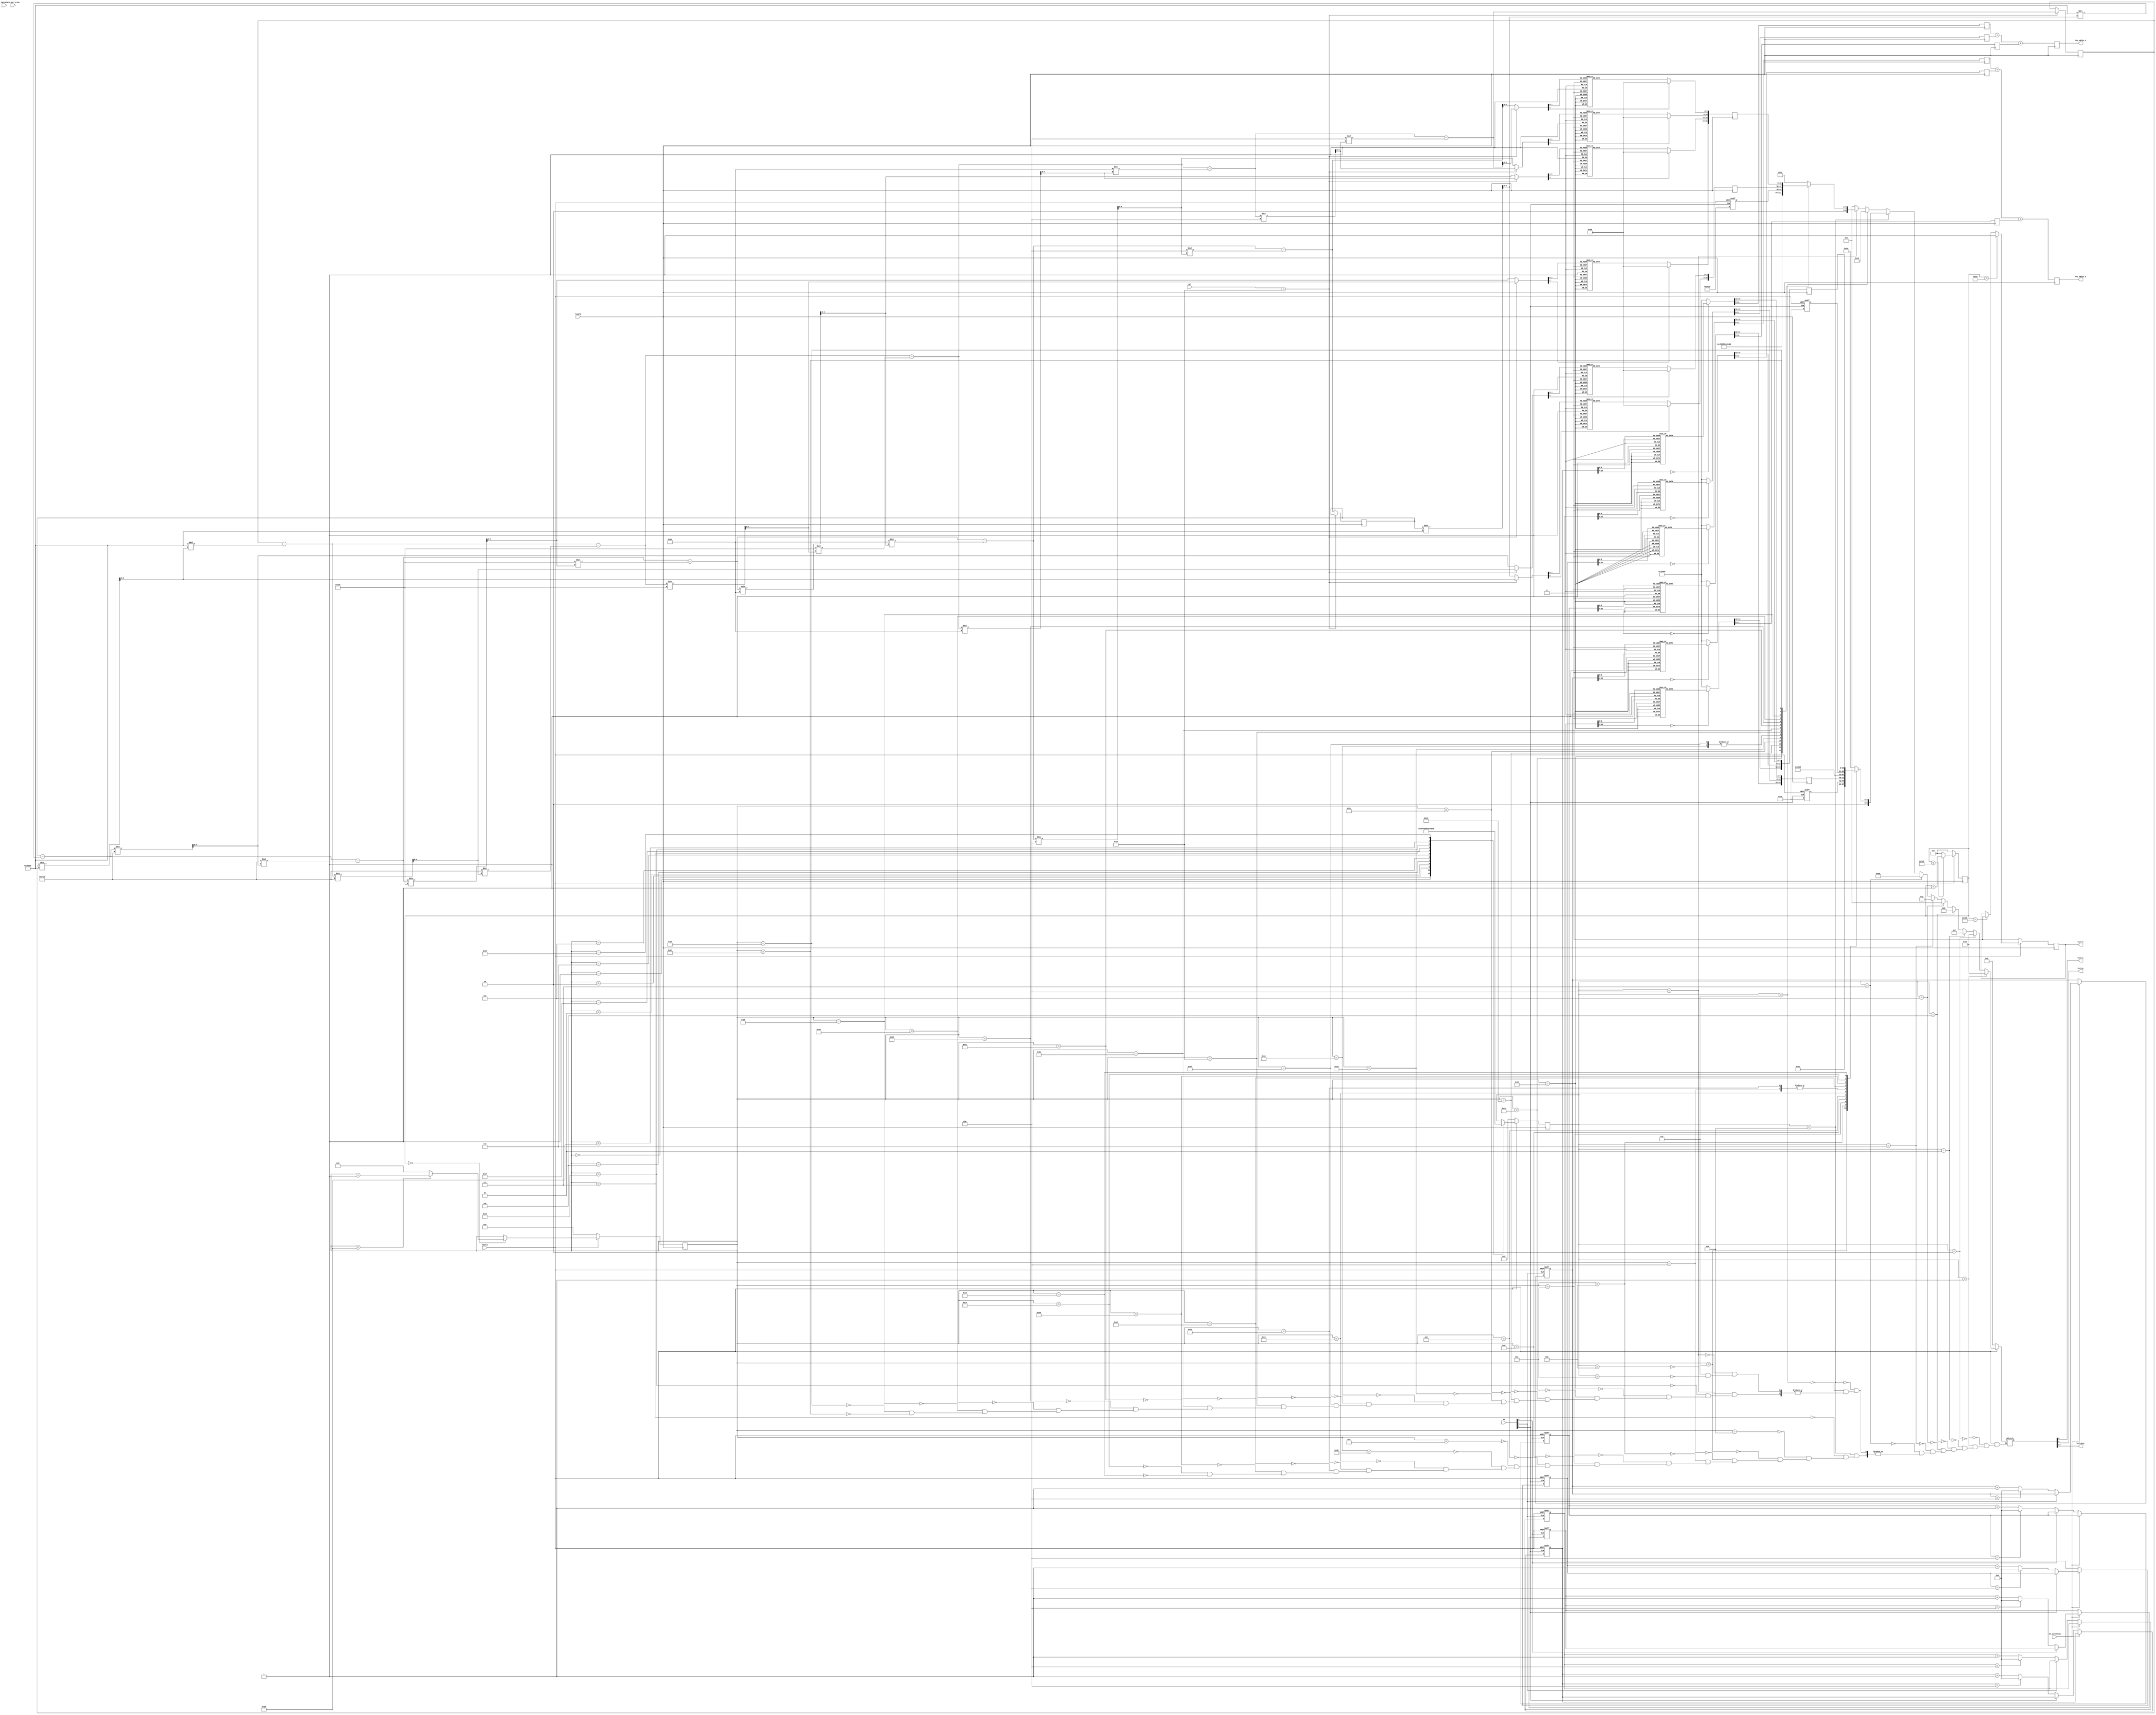

//////////////////////////////////////////////////////////////////////////////////
`timescale 1ns / 1ps
//////////////////////////////////////////////////////////////////////////////////
// Company: 
// Engineer: 
// 
// Design Name: 
// Module Name: textlcd
// Project Name: 
// Target Devices: 
// Tool Versions: 
// Description: 
// 
// Dependencies: 
// 
// Revision:
// Revision 0.01 - File Created
// Additional Comments:
// 
//////////////////////////////////////////////////////////////////////////////////

`define lcd_blank 8'b00100000
`define lcd_dash 8'b00101101
`define lcd_colon 8'b00111010
`define lcd_comma 8'b00101100
`define lcd_Dot 8'b00101110
`define lcd_0 8'b00110000
`define lcd_1 8'b00110001
`define lcd_2 8'b00110010
`define lcd_3 8'b00110011
`define lcd_4 8'b00110100
`define lcd_5 8'b00110101
`define lcd_6 8'b00110110
`define lcd_7 8'b00110111
`define lcd_8 8'b00111000
`define lcd_9 8'b00111001
`define lcd_a 8'b01000001
`define lcd_b 8'b01000010
`define lcd_c 8'b01000011
`define lcd_d 8'b01000100
`define lcd_e 8'b01000101
`define lcd_f 8'b01000110
`define lcd_g 8'b01000111
`define lcd_h 8'b01001000
`define lcd_i 8'b01001001
`define lcd_j 8'b01001010
`define lcd_k 8'b01001011
`define lcd_l 8'b01001100
`define lcd_m 8'b01001101
`define lcd_n 8'b01001110
`define lcd_o 8'b01001111
`define lcd_p 8'b01010000
`define lcd_q 8'b01010001
`define lcd_r 8'b01010010
`define lcd_s 8'b01010011
`define lcd_t 8'b01010100
`define lcd_u 8'b01010101
`define lcd_v 8'b01010110
`define lcd_w 8'b01010111
`define lcd_x 8'b01011000
`define lcd_y 8'b01011001
`define lcd_z 8'b01011010
`define lcd_under 8'b01011111
`define lcd_s_a 8'b01100001
`define lcd_s_b 8'b01100010
`define lcd_s_c 8'b01100011
`define lcd_s_d 8'b01100100
`define lcd_s_e 8'b01100101
`define lcd_s_f 8'b01100110
`define lcd_s_g 8'b01100111
`define lcd_s_h 8'b01101000
`define lcd_s_i 8'b01101001
`define lcd_s_j 8'b01101010
`define lcd_s_k 8'b01101011
`define lcd_s_l 8'b01101100
`define lcd_s_m 8'b01101101
`define lcd_s_n 8'b01101110
`define lcd_s_o 8'b01101111
`define lcd_s_p 8'b01110000
`define lcd_s_q 8'b01110001
`define lcd_s_r 8'b01110010
`define lcd_s_s 8'b01110011
`define lcd_s_t 8'b01110100
`define lcd_s_u 8'b01110101
`define lcd_s_v 8'b01110110
`define lcd_s_w 8'b01110111
`define lcd_s_x 8'b01111000
`define lcd_s_y 8'b01111001
`define lcd_s_z 8'b01111010
`define add_line_1 8'b10000000
`define add_line_2 8'b11000000
`define add_line_3 8'b10010100
`define add_line_4 8'b11010100
module textlcd(
	resetn,
	lcdclk,
	alu_out_value,
	PB,
	Sel,
	in_switching,
	CarryIn,
	lcd_rs,
	lcd_rw,
	lcd_en,
	lcd_data,
	key_value_a,
	key_value_b
	);

input  resetn;
input  lcdclk;
input [11:0] alu_out_value;
input  [2:0] PB;
input  [5:0] Sel;
input in_switching;
input CarryIn;

output lcd_rs;
output lcd_rw;
output lcd_en;
output [7:0] lcd_data;
output [11:0] key_value_a;
output [11:0] key_value_b;

wire [31:0] reg_a;
reg [31:0] reg_b;
wire [31:0] reg_c;
reg [31:0] reg_d;
wire [31:0] reg_e;
wire [31:0] reg_f;
reg [31:0] reg_g;
reg [31:0] reg_h;
reg [23:0] delay_lcdclk; //clock
reg [15:0] count_lcd;
reg lcd_en;	       // Text-LCD Device enable signal 
reg  [4:0] lcd_mode = 0;
wire [4:0] mode_pwron = 1 ;  // power on
wire [4:0] mode_fnset = 2 ;  // function set
wire [4:0] mode_onoff = 3 ;  // display on/off Control
wire [4:0] mode_entr1 = 4 ;  // 
wire [4:0] mode_entr2 = 5 ;  // 
wire [4:0] mode_entr3 = 6 ;  // 
wire [4:0] mode_seta1 = 7 ;  // set addr 1st line
wire [4:0] mode_wr1st = 8 ;  // Write 1st line
wire [4:0] mode_seta2 = 9 ;  // set addr 2nd line
wire [4:0] mode_wr2nd = 10;  // Write 2nd line
wire [4:0] mode_delay = 11;  // dealy
wire [4:0] mode_actcm = 12;  // user command
reg [9:0] set_data;

wire [11:0] alu_out_value;

reg [11:0] temp_out_value;
reg [21:0] temp_out_mul_value;
reg [11:0] temp_a_1;
reg [11:0] temp_a_10;
reg [11:0] temp_a_100;
reg [11:0] temp_b_1;
reg [11:0] temp_b_10;
reg [11:0] temp_b_100;
reg [4:0] digit_6, digit_5, digit_4, digit_3, digit_2, digit_1;

reg [11:0] key_value_a;
reg [11:0] key_value_b;
assign reg_a = {`lcd_blank, `lcd_blank, `lcd_a, `lcd_dash } ;
assign reg_c = {`lcd_blank, `lcd_blank, `lcd_b, `lcd_dash } ;
assign reg_e = {`lcd_r, `lcd_e, `lcd_s, `lcd_u } ;
assign reg_f = {`lcd_l, `lcd_t, `lcd_dash, `lcd_dash } ;

reg [11:0] cnt_in_a1;
reg [11:0] cnt_in_b1;

reg [11:0] cnt_in_a10;
reg [11:0] cnt_in_b10;

reg [11:0] cnt_in_a100;
reg [11:0] cnt_in_b100;

// Counterx2000 & //Conterx40
always @(posedge lcdclk)
begin  
	if (resetn == 0)
	begin
		delay_lcdclk <= 0;
		count_lcd <= 0;
		lcd_en <= 1'b0;


	end
	else 
	begin
        // Counterx2000
		if (delay_lcdclk < 1999)
			delay_lcdclk <=  delay_lcdclk + 1;
		else
			delay_lcdclk <= 0;

			
        // Counterx40
		if (delay_lcdclk == 0) 
		begin
			if (count_lcd < 40)
				count_lcd <= count_lcd + 1;
			else
				count_lcd <= 6;
		end
	
		if (delay_lcdclk == 200)
			lcd_en <= 1'b1;
		else if (delay_lcdclk == 1800)
			lcd_en <= 1'b0;
                    
	end
end

always @(negedge PB[0] or negedge resetn)
begin

	    reg_b[31:24] = `lcd_dash;
		reg_d[31:24] = `lcd_dash;
		reg_g[31:24] = `lcd_dash;
		reg_g[23:16] = `lcd_dash;

		if(resetn == 0)
		begin
			cnt_in_a1 <= 0;
			cnt_in_b1 <= 0;
		end
		
		else if(in_switching==0)   // INPUT A -->> xx1 set
		begin
                    if(PB[0] ==0)
                    begin
                           cnt_in_a1 <= cnt_in_a1 + 1;   
                            if(cnt_in_a1 == 10) // // over cnt reset
                            cnt_in_a1<=0;
                    end
		
		end
		else begin
                   if(PB[0] ==0)  // INPUT B -->> xx1 set
                            begin
                                    cnt_in_b1 <= cnt_in_b1 + 1;
                                    if(cnt_in_b1 == 10)
                                     cnt_in_b1<=0;
                            end
        end
end





always @(negedge PB[1] or negedge resetn)
begin

		if(resetn == 0)
		begin
			cnt_in_a10 <= 0;
			cnt_in_b10 <= 0;
		
		end
		
		else if(in_switching==0)   // INPUT A -->> 10 set
		begin
                    if(PB[1] ==0)
                    begin
                           cnt_in_a10 <= cnt_in_a10 + 1;   
                            if(cnt_in_a10 == 10) // // over cnt reset
                            cnt_in_a10<=0;
                    end
		
		end
		else begin
                   if(PB[1] ==0)  // INPUT B -->> 10set
                            begin
                                    cnt_in_b10 <= cnt_in_b10 + 1;
                                    if(cnt_in_b10 == 10)
                                     cnt_in_b10<=0;
                            end
        end
end



always @(negedge PB[2] or negedge resetn)
begin

		if(resetn == 0)
		begin
			cnt_in_a100 <= 0;
			cnt_in_b100 <= 0;
		
		end
		
		else if(in_switching==0)   // INPUT A -->> 100 set
		begin
                    if(PB[2] ==0)
                    begin
                           cnt_in_a100 <= cnt_in_a100 + 1;   
                            if(cnt_in_a100 == 10) // // over cnt reset
                            cnt_in_a100<=0;
                    end
		
		end
		else begin
                   if(PB[2] ==0)  // INPUT B -->> 100set
                            begin
                                    cnt_in_b100 <= cnt_in_b100 + 1;
                                    if(cnt_in_b100 == 10)
                                     cnt_in_b100<=0;
                            end
        end
end
 
 always@(negedge lcdclk ) 
 begin 
                  
         if(resetn == 0)
         begin
             temp_a_100 <= 0;
             temp_a_10 <= 0;
             temp_a_1 <= 0;
             temp_b_100 <= 0;
             temp_b_10 <= 0;
             temp_b_1 <= 0;
         end                                                                                 
     //////////////////////////////
     // calculate variable/////////
     //////////////////////////////
     case(cnt_in_a100)
              0: begin temp_a_100[11:0] <= 12'b000000000000;
                       reg_b[23:16] <= `lcd_0; end 
             
              1: begin temp_a_100[11:0] <= 12'b000001100100;
                       reg_b[23:16] <= `lcd_1; end
                
              2: begin temp_a_100[11:0] <= 12'b000011001000;
                       reg_b[23:16] <= `lcd_2; end
                
              3: begin temp_a_100[11:0] <= 12'b000100101100;
                       reg_b[23:16] <= `lcd_3; end
                    
              4: begin temp_a_100[11:0] <= 12'b000110010000;
                       reg_b[23:16] <= `lcd_4; end
                   
              5: begin temp_a_100[11:0] <= 12'b000111110100;
                       reg_b[23:16] <= `lcd_5; end
                   
              6: begin temp_a_100[11:0] <= 12'b001001011000;
                       reg_b[23:16] <= `lcd_6; end
                     
              7: begin temp_a_100[11:0] <= 12'b001010111100;
                       reg_b[23:16] <= `lcd_7; end
                       
              8: begin temp_a_100[11:0] <= 12'b001100100000;
                        reg_b[23:16] <= `lcd_8; end
              
              9: begin temp_a_100[11:0] <= 12'b001110000100;
                       reg_b[23:16] <= `lcd_9; end
                
              default : begin temp_a_100[11:0] <= 12'b000000000000;
                       reg_b[23:16] <= `lcd_0; end
              endcase
      
         case(cnt_in_a10)
            0: begin temp_a_10[11:0] <= 12'b000000000000;
                reg_b[15:8] <= `lcd_0;  end
                
            1: begin temp_a_10[11:0] <= 12'b000000001010;
                reg_b[15:8] <= `lcd_1;  end
                
            2: begin temp_a_10[11:0] <= 12'b000000010100;
                reg_b[15:8] <= `lcd_2;  end
                
            3: begin temp_a_10[11:0] <= 12'b000000011110;
                reg_b[15:8] <= `lcd_3;  end
                
            4: begin temp_a_10[11:0] <= 12'b000000101000;
             reg_b[15:8] <= `lcd_4;  end
             
            5: begin temp_a_10[11:0] <= 12'b000000110010;
             reg_b[15:8] <= `lcd_5;  end
             
            6: begin temp_a_10[11:0] <= 12'b000000111100;
                reg_b[15:8] <= `lcd_6;  end
                
            7: begin temp_a_10[11:0] <= 12'b000001000110;
             reg_b[15:8] <= `lcd_7;  end
             
            8: begin temp_a_10[11:0] <= 12'b000001010000;
             reg_b[15:8] <= `lcd_8;  end
             
            9: begin temp_a_10[11:0] <= 12'b000001011010;
             reg_b[15:8] <= `lcd_9;  end
             
         default : begin temp_a_10[11:0] <= 12'b000000000000;
          reg_b[15:8] <= `lcd_0;  end
         endcase
     
          
          case(cnt_in_a1)
          0 :begin temp_a_1[11:0] <= 12'b000000000000;
          reg_b[7:0] <= `lcd_0; end
          
          1: begin temp_a_1[11:0] <= 12'b000000000001;
             reg_b[7:0] <= `lcd_1; end
         
          2: begin temp_a_1[11:0] <= 12'b000000000010;
            reg_b[7:0] <= `lcd_2; end
            
          3: begin temp_a_1[11:0] <= 12'b000000000011;
            reg_b[7:0] <= `lcd_3; end
            
          4: begin temp_a_1[11:0] <= 12'b000000000100;
            reg_b[7:0] <= `lcd_4; end
          
          5: begin temp_a_1[11:0] <= 12'b000000000101;
            reg_b[7:0] <= `lcd_5; end
            
          6: begin temp_a_1[11:0] <= 12'b000000000110;
            reg_b[7:0] <= `lcd_6; end
            
          7: begin temp_a_1[11:0] <= 12'b000000000111;
            reg_b[7:0] <= `lcd_7; end
            
          8: begin temp_a_1[11:0] <= 12'b000000001000;
            reg_b[7:0] <= `lcd_8; end
   
          9: begin temp_a_1[11:0] <= 12'b000000001001;
            reg_b[7:0] <= `lcd_9; end
            
        default : begin temp_a_1[11:0] <= 12'b000000000000;
          reg_b[7:0] <= `lcd_0; end
          endcase
                      
                   
           key_value_a = temp_a_1 + temp_a_10 + temp_a_100;    
 
  
    case(cnt_in_b100)
        0: begin temp_b_100[11:0] <= 12'b000000000000;
        reg_d[23:16] <= `lcd_0; end
        
        1: begin temp_b_100[11:0] <= 12'b000001100100;
                reg_d[23:16] <= `lcd_1; end
                
        2: begin temp_b_100[11:0] <= 12'b000011001000;
                reg_d[23:16] <= `lcd_2; end
                
        3: begin temp_b_100[11:0] <= 12'b000100101100;
                reg_d[23:16] <= `lcd_3; end
                
        4: begin temp_b_100[11:0] <= 12'b000110010000;
                reg_d[23:16] <= `lcd_4; end
                
        5: begin temp_b_100[11:0] <= 12'b000111110100;
                reg_d[23:16] <= `lcd_5; end
                
        6: begin temp_b_100[11:0] <= 12'b001001011000;
                reg_d[23:16] <= `lcd_6; end
                
        7: begin temp_b_100[11:0] <= 12'b001010111100;
                reg_d[23:16] <= `lcd_7; end
                
        8: begin temp_b_100[11:0] <= 12'b001100100000;
                reg_d[23:16] <= `lcd_8; end
                
        9: begin temp_b_100[11:0] <= 12'b001110000100;
                reg_d[23:16] <= `lcd_9; end
                
        default : begin temp_b_100[11:0] <= 12'b000000000000;
                reg_d[23:16] <= `lcd_0; end
        endcase

    case(cnt_in_b10)
      0: begin temp_b_10[11:0] <= 12'b000000000000;
      reg_d[15:8] <= `lcd_0; end
      
      1: begin temp_b_10[11:0] <= 12'b000000001010;
            reg_d[15:8] <= `lcd_1; end
            
      2: begin temp_b_10[11:0] <= 12'b000000010100;
            reg_d[15:8] <= `lcd_2; end
            
      3: begin temp_b_10[11:0] <= 12'b000000011110;
            reg_d[15:8] <= `lcd_3; end
            
      4: begin temp_b_10[11:0] <= 12'b000000101000;
            reg_d[15:8] <= `lcd_4; end
            
      5: begin temp_b_10[11:0] <= 12'b000000110010;
            reg_d[15:8] <= `lcd_5; end
            
      6: begin temp_b_10[11:0] <= 12'b000000111100;
            reg_d[15:8] <= `lcd_6; end
            
      7: begin temp_b_10[11:0] <= 12'b000001000110;
            reg_d[15:8] <= `lcd_7; end
            
      8: begin temp_b_10[11:0] <= 12'b000001010000;
            reg_d[15:8] <= `lcd_8; end
            
      9: begin temp_b_10[11:0] <= 12'b000001011010;
            reg_d[15:8] <= `lcd_9; end
            
   default : begin temp_b_10[11:0] <= 12'b000000000000;
         reg_d[15:8] <= `lcd_0; end
   
   endcase

    
     case(cnt_in_b1)
    0 :begin temp_b_1[11:0] <= 12'b000000000000;
    reg_d[7:0] <= `lcd_0; end
    
    1: begin temp_b_1[11:0] <= 12'b000000000001;
        reg_d[7:0] <= `lcd_1; end
        
    2: begin temp_b_1[11:0] <= 12'b000000000010;
        reg_d[7:0] <= `lcd_2; end
        
    3: begin temp_b_1[11:0] <= 12'b000000000011;
        reg_d[7:0] <= `lcd_3; end
        
    4: begin temp_b_1[11:0] <= 12'b000000000100;
        reg_d[7:0] <= `lcd_4; end
        
    5: begin temp_b_1[11:0] <= 12'b000000000101;
        reg_d[7:0] <= `lcd_5; end
        
    6: begin temp_b_1[11:0] <= 12'b000000000110;
        reg_d[7:0] <= `lcd_6; end
        
    7: begin temp_b_1[11:0] <= 12'b000000000111;
        reg_d[7:0] <= `lcd_7; end
        
    8: begin temp_b_1[11:0] <= 12'b000000001000;
        reg_d[7:0] <= `lcd_8; end
        
    9: begin temp_b_1[11:0] <= 12'b000000001001;
        reg_d[7:0] <= `lcd_9; end
  default : begin temp_b_1[11:0] <= 12'b000000000000;
      reg_d[7:0] <= `lcd_0; end
    endcase
                
                
        key_value_b = temp_b_1 + temp_b_10 + temp_b_100;    
             
             
 
             // Output result//
             /////////////////
             /////////////////            
       
             temp_out_value <= alu_out_value;
                        
             digit_6=0;
             digit_5=0;
             digit_4=0;
             digit_3=0;
             digit_2=0;
             digit_1=0;
                       
           if(Sel[5:0]==6'b100_000)
           begin
             digit_6 = temp_out_mul_value/22'b0000011000011010100000;
             temp_out_mul_value = temp_out_mul_value - (22'b0000011000011010100000 * digit_6);
             digit_5 = temp_out_mul_value/22'b0000000010011100010000;
             temp_out_mul_value = temp_out_mul_value - (22'b0000000010011100010000 * digit_5);
             digit_4 = temp_out_mul_value/22'b0000000000001111101000;
             temp_out_mul_value = temp_out_mul_value - (22'b0000000000001111101000 * digit_4);
             digit_3 = temp_out_mul_value/22'b0000000000000001100100;
             temp_out_mul_value = temp_out_mul_value - (22'b0000000000000001100100 * digit_3);
             digit_2 = temp_out_mul_value/22'b0000000000000000001010;
             temp_out_mul_value = temp_out_mul_value - (22'b0000000000000000001010 * digit_2);
              digit_1 = temp_out_mul_value;
           end
                   
                   
            else begin
            
             digit_6 = temp_out_value/18'd100000;
             temp_out_value = temp_out_value - (18'd100000 * digit_6);
             digit_5 = temp_out_value/18'd10000;
             temp_out_value = temp_out_value - (18'd10000 * digit_5);
             digit_4 = temp_out_value/18'd1000;
             temp_out_value = temp_out_value - (18'd1000 * digit_4);
             digit_3 = temp_out_value/18'd100;
             temp_out_value = temp_out_value - (18'd100 * digit_3);
             digit_2 = temp_out_value/18'd10;
             temp_out_value = temp_out_value - (18'd10 * digit_2);
               digit_1 = temp_out_value;
           end
                   
            case(digit_6) 
            0 : reg_g[15:8]<=`lcd_0;//0
            1 : reg_g[15:8]<=`lcd_1;//1
            2 : reg_g[15:8]<=`lcd_2;//2
            3 : reg_g[15:8]<=`lcd_3;//3
            4 : reg_g[15:8]<=`lcd_4;//4
            5 : reg_g[15:8]<=`lcd_5;//5
            6 : reg_g[15:8]<=`lcd_6;//6
            7 : reg_g[15:8]<=`lcd_7;//7
            8 : reg_g[15:8]<=`lcd_8;//8
            9 : reg_g[15:8]<=`lcd_9;//9                
            default : reg_g[15:8]<=`lcd_0;
            endcase    
            
            case(digit_5) 
            0 : reg_g[7:0]<=`lcd_0;//0
            1 : reg_g[7:0]<=`lcd_1;//1
            2 : reg_g[7:0]<=`lcd_2;//2
            3 : reg_g[7:0]<=`lcd_3;//3
            4 : reg_g[7:0]<=`lcd_4;//4
            5 : reg_g[7:0]<=`lcd_5;//5
            6 : reg_g[7:0]<=`lcd_6;//6
            7 : reg_g[7:0]<=`lcd_7;//7
            8 : reg_g[7:0]<=`lcd_8;//8
            9 : reg_g[7:0]<=`lcd_9;//9                
            default : reg_g[7:0]<=`lcd_0;
            endcase    
            
            
            case(digit_4)
            0 : reg_h[31:24]<=`lcd_0;//0
            1 : reg_h[31:24]<=`lcd_1;//1
            2 : reg_h[31:24]<=`lcd_2;//2
            3 : reg_h[31:24]<=`lcd_3;//3
            4 : reg_h[31:24]<=`lcd_4;//4
            5 : reg_h[31:24]<=`lcd_5;//5
            6 : reg_h[31:24]<=`lcd_6;//6
            7 : reg_h[31:24]<=`lcd_7;//7
            8 : reg_h[31:24]<=`lcd_8;//8
            9 : reg_h[31:24]<=`lcd_9;//9                
            default : reg_h[31:24]<=`lcd_0;
            endcase    
            
            
            case(digit_3)  
            0 : reg_h[23:16]<=`lcd_0;//0
            1 : reg_h[23:16]<=`lcd_1;//1
            2 : reg_h[23:16]<=`lcd_2;//2
            3 : reg_h[23:16]<=`lcd_3;//3
            4 : reg_h[23:16]<=`lcd_4;//4
            5 : reg_h[23:16]<=`lcd_5;//5
            6 : reg_h[23:16]<=`lcd_6;//6
            7 : reg_h[23:16]<=`lcd_7;//7
            8 : reg_h[23:16]<=`lcd_8;//8
            9 : reg_h[23:16]<=`lcd_9;//9                
            default : reg_h[23:16]<=`lcd_0;
            endcase               
            
            case(digit_2) 
            0 : reg_h[15:8]<=`lcd_0;//0
            1 : reg_h[15:8]<=`lcd_1;//1
            2 : reg_h[15:8]<=`lcd_2;//2
            3 : reg_h[15:8]<=`lcd_3;//3
            4 : reg_h[15:8]<=`lcd_4;//4
            5 : reg_h[15:8]<=`lcd_5;//5
            6 : reg_h[15:8]<=`lcd_6;//6
            7 : reg_h[15:8]<=`lcd_7;//7
            8 : reg_h[15:8]<=`lcd_8;//8
            9 : reg_h[15:8]<=`lcd_9;//9                
            default : reg_h[15:8]<=`lcd_0;
            endcase               
            
            case(digit_1)
            0 : reg_h[7:0]<=`lcd_0;//0
            1 : reg_h[7:0]<=`lcd_1;//1
            2 : reg_h[7:0]<=`lcd_2;//2
            3 : reg_h[7:0]<=`lcd_3;//3
            4 : reg_h[7:0]<=`lcd_4;//4
            5 : reg_h[7:0]<=`lcd_5;//5
            6 : reg_h[7:0]<=`lcd_6;//6
            7 : reg_h[7:0]<=`lcd_7;//7
            8 : reg_h[7:0]<=`lcd_8;//8
            9 : reg_h[7:0]<=`lcd_9;//9                
            default : reg_h[7:0]<=`lcd_0;
            endcase        
                        
end
 

 
// decoder switch
always @(posedge lcdclk)
begin
	if (resetn == 0)
		lcd_mode <= mode_pwron;
	else 
		begin
			case (count_lcd)
				0  : lcd_mode <= mode_pwron ;
				1  : lcd_mode <= mode_fnset ;
				2  : lcd_mode <= mode_onoff ;
				3  : lcd_mode <= mode_entr1 ;
				4  : lcd_mode <= mode_entr2 ;
				5  : lcd_mode <= mode_entr3 ;
				6  : lcd_mode <= mode_seta1 ;
				7  : lcd_mode <= mode_wr1st ;
				23 : lcd_mode <= mode_seta2 ;
				24 : lcd_mode <= mode_wr2nd ;
				40 : lcd_mode <= mode_delay ;
				41 : lcd_mode <= mode_actcm ;
				default : begin end 
			endcase	
		end
end
           
assign lcd_rs = set_data[9];
assign lcd_rw = set_data[8];
assign lcd_data = set_data[7:0];

// decoder output
always @(lcdclk or lcd_mode or count_lcd)
begin 
	if (resetn == 0)
		set_data <= 10'b0000000000;
	else
		begin
		case (lcd_mode)
		    mode_pwron : set_data <= {2'b00, 8'h38};
		    mode_fnset : set_data <= {2'b00, 8'h38};
		    mode_onoff : set_data <= {2'b00, 8'h0f};
		    mode_entr1 : set_data <= {2'b00, 8'h06};
		    mode_entr2 : set_data <= {2'b00, 8'h02};
		    mode_entr3 : set_data <= {2'b00, 8'h01};			    
		    mode_seta1 : set_data <= {2'b00, 8'h80};
		    mode_wr1st : 
			begin 
			case (count_lcd)
			 7 : set_data <= {1'b1, 1'b0, reg_a[31:24]};
			 8 : set_data <= {1'b1, 1'b0, reg_a[23:16]};
			 9 : set_data <= {1'b1, 1'b0, reg_a[15: 8]}; 
			10 : set_data <= {1'b1, 1'b0, reg_a[7 : 0]}; 
			11 : set_data <= {1'b1, 1'b0, reg_b[31:24]};
			12 : set_data <= {1'b1, 1'b0, reg_b[23:16]};
			13 : set_data <= {1'b1, 1'b0, reg_b[15: 8]}; 
			14 : set_data <= {1'b1, 1'b0, reg_b[7 : 0]}; 
			15 : set_data <= {1'b1, 1'b0, reg_c[31:24]};
			16 : set_data <= {1'b1, 1'b0, reg_c[23:16]};
			17 : set_data <= {1'b1, 1'b0, reg_c[15: 8]}; 
			18 : set_data <= {1'b1, 1'b0, reg_c[7 : 0]}; 
			19 : set_data <= {1'b1, 1'b0, reg_d[31:24]};
			20 : set_data <= {1'b1, 1'b0, reg_d[23:16]};
			21 : set_data <= {1'b1, 1'b0, reg_d[15: 8]};
			22 : set_data <= {1'b1, 1'b0, reg_d[7 : 0]};
			endcase
		end
		   mode_seta2 : set_data <= {2'b00, 8'hc0};
		   mode_wr2nd : 
			begin
			case (count_lcd)
			24 : set_data <= {1'b1, 1'b0, reg_e[31:24]};
			25 : set_data <= {1'b1, 1'b0, reg_e[23:16]};
			26 : set_data <= {1'b1, 1'b0, reg_e[15: 8]}; 
			27 : set_data <= {1'b1, 1'b0, reg_e[7 : 0]}; 
			28 : set_data <= {1'b1, 1'b0, reg_f[31:24]};
			29 : set_data <= {1'b1, 1'b0, reg_f[23:16]};
			30 : set_data <= {1'b1, 1'b0, reg_f[15: 8]}; 
			31 : set_data <= {1'b1, 1'b0, reg_f[7 : 0]}; 
			32 : set_data <= {1'b1, 1'b0, reg_g[31:24]};
			33 : set_data <= {1'b1, 1'b0, reg_g[23:16]};
			34 : set_data <= {1'b1, 1'b0, reg_g[15: 8]}; 
   		    35 : set_data <= {1'b1, 1'b0, reg_g[7 : 0]}; 
    		36 : set_data <= {1'b1, 1'b0, reg_h[31:24]};
    		37 : set_data <= {1'b1, 1'b0, reg_h[23:16]};
    		38 : set_data <= {1'b1, 1'b0, reg_h[15: 8]};
    		39 : set_data <= {1'b1, 1'b0, reg_h[7 : 0]};
	    		endcase
	    	end
		    mode_delay : set_data <= {2'b00, 8'h02};
		    mode_actcm : set_data <= {2'b00, 8'h02};
		    default : begin end
		endcase
	end
end

endmodule